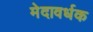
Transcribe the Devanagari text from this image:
मेदावर्धक